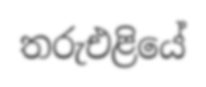
තරුඑළියේ